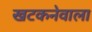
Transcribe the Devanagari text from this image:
खटकनेवाला